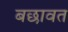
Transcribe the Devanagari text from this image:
बछावत